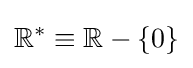
\mathbb {R} ^{*}\equiv \mathbb {R} -\{0\}